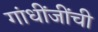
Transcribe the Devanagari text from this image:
गांधींजींची